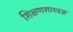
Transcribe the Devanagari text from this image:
शिक्षणशास्त्रज्ञ